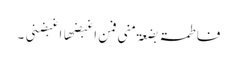
فاطمۃ بضعۃ منی فمن اغبضھا اغبضنی ۔